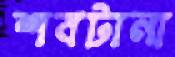
শবটানা